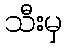
သီးမှ